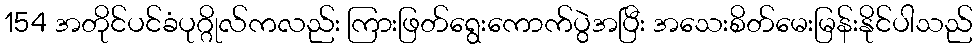
154 အတိုင်ပင်ခံပုဂ္ဂိုလ်ကလည်း ကြားဖြတ်ရွေးကောက်ပွဲအပြီး အသေးစိတ်မေးမြန်းနိုင်ပါသည်